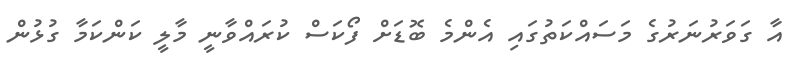
އާ ގަވަރުނަރުގެ މަސައްކަތުގައި އެންމެ ބޮޑަށް ފޯކަސް ކުރައްވާނީ މާލީ ކަންކަމާ ގުޅުން